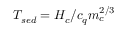
T _ { s e d } = H _ { c } / c _ { q } m _ { c } ^ { 2 / 3 }